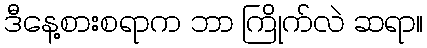
ဒီနေ့စားစရာက ဘာ ကြိုက်လဲ ဆရာ။